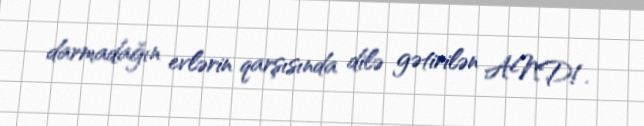
darmadağın evlərin qarşısında dilə gətirilən AND!.